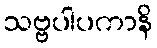
သဗ္ဗပါပကာနိ